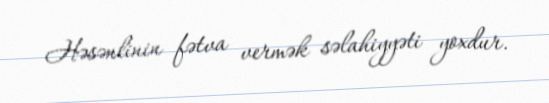
Həsənlinin fətva vermək səlahiyyəti yoxdur.